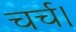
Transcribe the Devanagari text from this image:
चर्च।